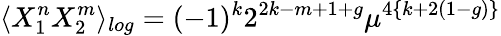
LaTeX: \langle X_{1}^{n}X_{2}^{m}\rangle_{log}=(-1)^{k}2^{2k-m+1+g}\mu^{4\{ k+2(1-g)\} }